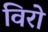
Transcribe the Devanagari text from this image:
विरो